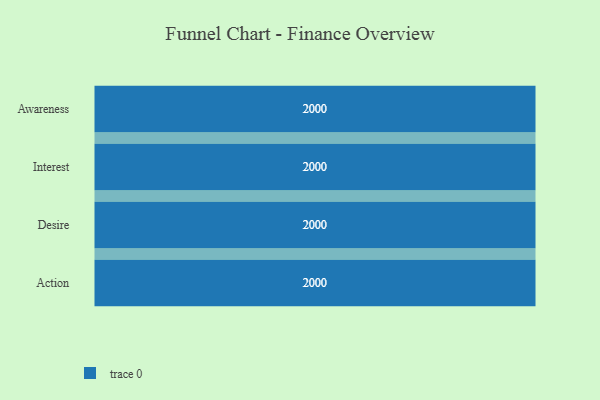
{"axis": {"x": "Stage", "y": "Value"}, "legend": [""], "data": [{"x": "Awareness", "y": 2000, "type": ""}, {"x": "Interest", "y": 2000, "type": ""}, {"x": "Desire", "y": 2000, "type": ""}, {"x": "Action", "y": 2000, "type": ""}]}